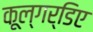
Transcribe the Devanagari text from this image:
कूल्गर्डिए